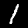
Digit: 1